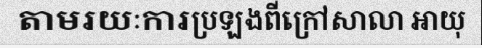
តាមរយៈការប្រឡងពីក្រៅសាលា អាយុ